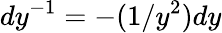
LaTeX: dy^{-1}=-(1/y^{2})dy